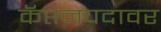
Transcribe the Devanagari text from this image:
कॅप्तनपदावर